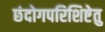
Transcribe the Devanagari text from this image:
छंदोगपरिशिष्टेतु